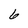
Character: 6